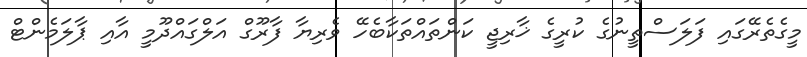
މީގެތެރޭގައި ފަލަސްތީނުގެ ކުރީގެ ޚާރިޖީ ކަންތައްތަކާބެހޭ ވެރިޔާ ފާރޫގް އަލްގައްދޫމީ އާއި ޕާލަމެންޓް